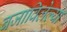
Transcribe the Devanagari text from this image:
बजाविलेल्या